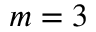
m = 3